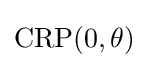
{\text{CRP}}(0,\theta )